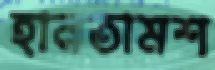
হানতামশ